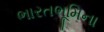
ભારતભૂમિના